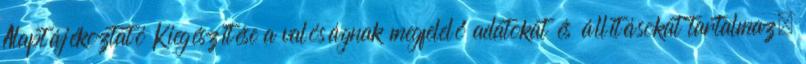
Alaptájékoztató Kiegészítése a valóságnak megfelelő adatokat és állításokat tartalmaz,